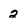
Character: 2